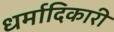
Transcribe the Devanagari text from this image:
धर्मादिकारी